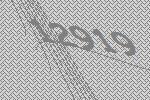
12919